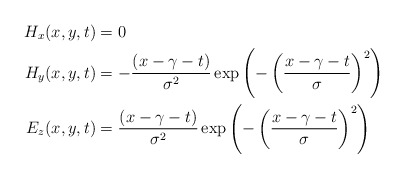
\begin{align*}H_x(x,y,t) &= 0 \\H_y(x,y,t) &= -\frac{(x-\gamma-t)}{\sigma^2}\exp\left(-\left( \frac{x-\gamma-t}{\sigma}\right)^2\right)\\E_z(x,y,t) &= \frac{(x-\gamma-t)}{\sigma^2}\exp\left(-\left( \frac{x-\gamma-t}{\sigma}\right)^2\right) \end{align*}